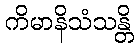
ကိမာနိသံသန္တိ